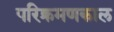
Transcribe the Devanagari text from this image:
परिक्रमणकाल